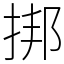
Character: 挷